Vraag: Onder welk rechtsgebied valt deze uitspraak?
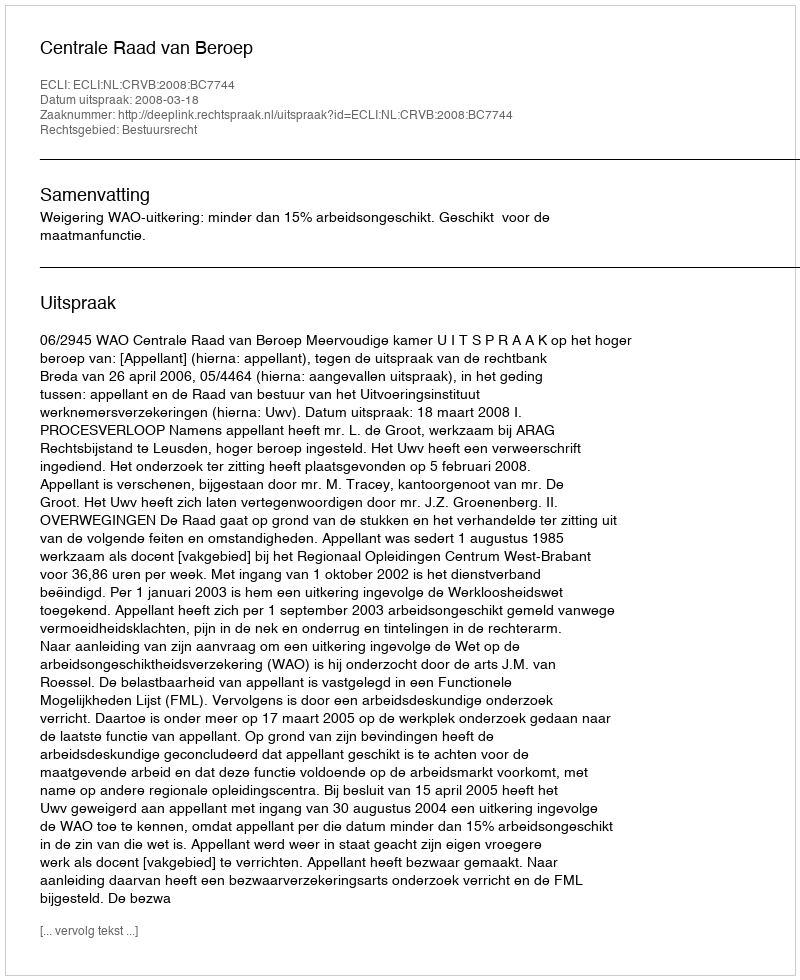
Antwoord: Bestuursrecht